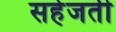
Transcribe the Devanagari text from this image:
सहेजती